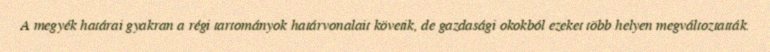
A megyék határai gyakran a régi tartományok határvonalait követik, de gazdasági okokból ezeket több helyen megváltoztatták.